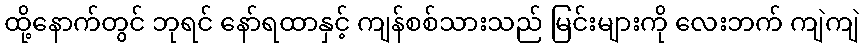
ထို့နောက်တွင် ဘုရင် နော်ရထာနှင့် ကျန်စစ်သားသည် မြင်းများကို လေးဘက် ကျဲကျဲ